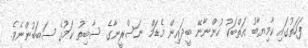
ފަހަތުގައި ކާމިޔާބު އަތްބަކު ހުންނާނޭ ބީދައިން މެޑަމް ނަސްރީނާގެ ސާބިތު ކަމުގެ ސަބަބުންނެވެ.